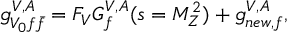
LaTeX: g _ { V _ { 0 } f { \bar { f } } } ^ { V , A } = F _ { V } G _ { f } ^ { V , A } ( s = M _ { Z } ^ { 2 } ) + g _ { n e w , f } ^ { V , A } ,